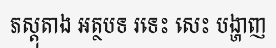
ភស្តុតាង អត្ថបទ រទេះ សេះ បង្ហាញ